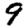
Digit: 9